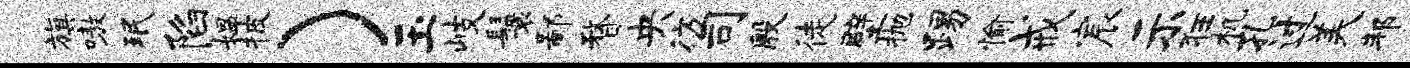
旗嗷珉陷媪披）玉岐鬟鄙瞀央彷司殷徒壁抛踢愉戒宸示狂机孔过美邦